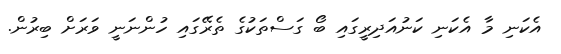
އެކަނި މާ އެކަނި ކަނުއަދިރީގައި ބޯ ގަސްތަކުގެ ތެރޭގައި ހުންނަނީ ވަރަށް ބިރުން.